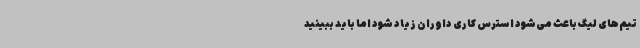
تیم‌های لیگ باعث می‌شود استرس کاری داوران زیاد شود اما باید ببینید